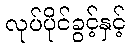
လုပ်ပိုင်ခွင့်နှင့်